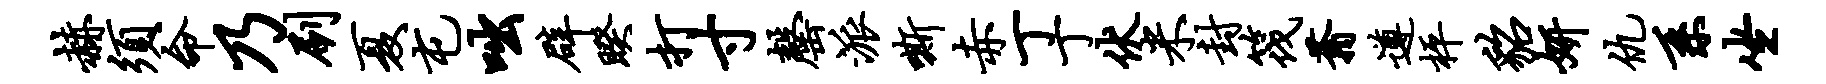
赫须命乃刷夏屯咄辟睽打寸罄派嘶赤丁丁伏米封筏蓊遵枰貂妍仇系坐